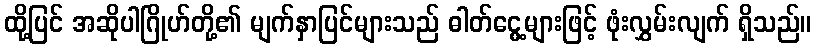
ထို့ပြင် အဆိုပါဂြိုဟ်တို့၏ မျက်နှာပြင်များသည် ဓါတ်ငွေ့များဖြင့် ဖုံးလွှမ်းလျက် ရှိသည်။